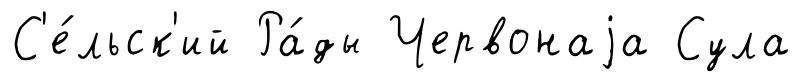
С'е́льск'ий Ра́ды Червонаjа Сула